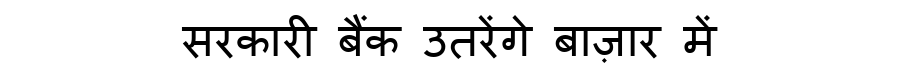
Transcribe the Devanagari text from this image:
सरकारी बैंक उतरेंगे बाज़ार में